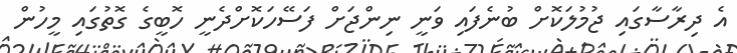
އެ ދިރާސާގައި ޖުމުލަކޮށް ބުނެފައި ވަނީ ނިންޖަށް ފަސޭހަކޮށްދެނީ ހޮބީގެ ގޮތުގައި މީހުން